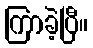
ကြာခဲ့ပြီ။